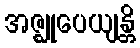
အဇ္ဈုပေယျန္တိ